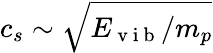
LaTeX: c_{s}\sim\sqrt{E_{\mathrm{~v~i~b~}}/m_{p}}